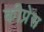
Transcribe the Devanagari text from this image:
कीप्रेस